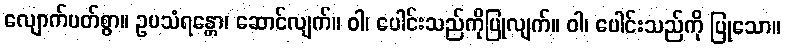
လျောက်ပတ်စွာ။ ဥပသံရန္တော၊ ဆောင်လျက်။ ဝါ၊ ပေါင်းသည်ကိုပြုလျက်။ ဝါ၊ ပေါင်းသည်ကို ပြုသော။